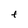
Character: t